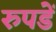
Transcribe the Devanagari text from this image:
रुपडें